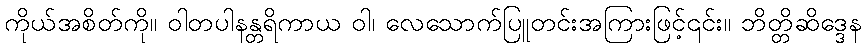
ကိုယ်အစိတ်ကို။ ဝါတပါနန္တရိကာယ ဝါ၊ လေသောက်ပြူတင်းအကြားဖြင့်၎င်း။ ဘိတ္တိဆိဒ္ဒေန